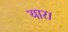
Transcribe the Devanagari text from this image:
यार।